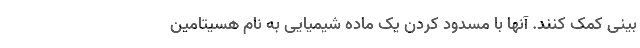
بینی کمک کنند. آنها با مسدود کردن یک ماده شیمیایی به نام هسیتامین